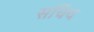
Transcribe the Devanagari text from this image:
सचिथ